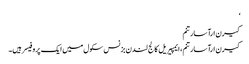
‘
کیرن ارآسارتنم
کیرن ارآسارتنم ، ایمپیریل کالج لندن بزنس سکول میں ایک پروفیسر ہیں۔